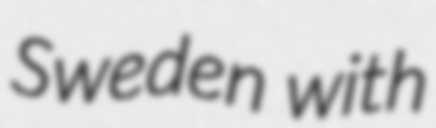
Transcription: Sweden with